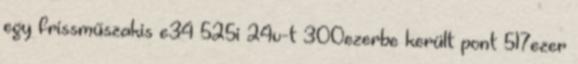
egy frissműszakis e34 525i 24v-t 300ezerbe került pont 517ezer